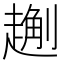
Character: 𧽄